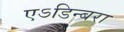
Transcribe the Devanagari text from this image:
एऽडिन्बरा